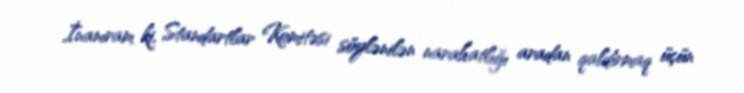
İnanıram ki, Standartlar Komitəsi söylənilən narahatlığı aradan qaldırmaq üçün